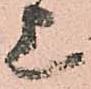
上